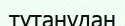
тұтанудан